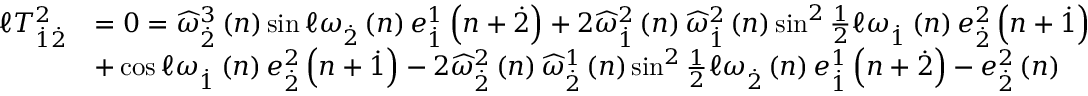
\begin{array} { r l } { \mathcal { \ell } T _ { \overset { . } { 1 } \overset { . } { 2 } } ^ { 2 } } & { = 0 = \widehat { \omega } _ { \overset { . } { 2 } } ^ { 3 } \left( n \right) \sin \mathcal { \ell } \omega _ { \overset { . } { 2 } } \left( n \right) e _ { \overset { . } { 1 } } ^ { 1 } \left( n + \overset { . } { 2 } \right) + 2 \widehat { \omega } _ { \overset { . } { 1 } } ^ { 2 } \left( n \right) \widehat { \omega } _ { \overset { . } { 1 } } ^ { 2 } \left( n \right) \sin ^ { 2 } \frac { 1 } { 2 } \mathcal { \ell } \omega _ { \overset { . } { 1 } } \left( n \right) e _ { \overset { . } { 2 } } ^ { 2 } \left( n + \overset { . } { 1 } \right) } \\ & { + \cos \mathcal { \ell } \omega _ { \overset { . } { 1 } } \left( n \right) e _ { \overset { . } { 2 } } ^ { 2 } \left( n + \overset { . } { 1 } \right) - 2 \widehat { \omega } _ { \overset { . } { 2 } } ^ { 2 } \left( n \right) \widehat { \omega } _ { \overset { . } { 2 } } ^ { 1 } \left( n \right) \sin ^ { 2 } \frac { 1 } { 2 } \mathcal { \ell } \omega _ { \overset { . } { 2 } } \left( n \right) e _ { \overset { . } { 1 } } ^ { 1 } \left( n + \overset { . } { 2 } \right) - e _ { \overset { . } { 2 } } ^ { 2 } \left( n \right) } \end{array}